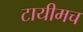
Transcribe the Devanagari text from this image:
टायीमच